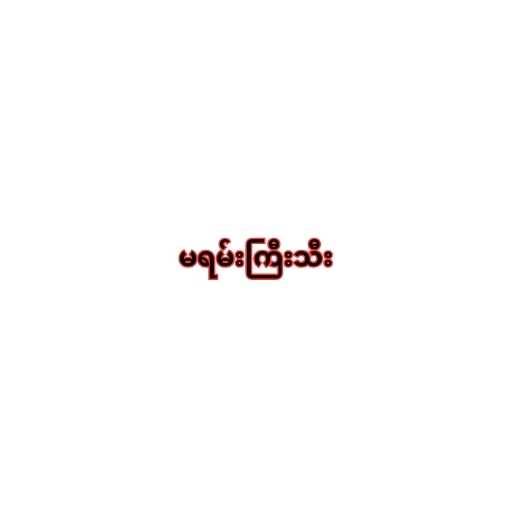
မရမ်းကြီးသီး